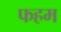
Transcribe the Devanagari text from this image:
फहम